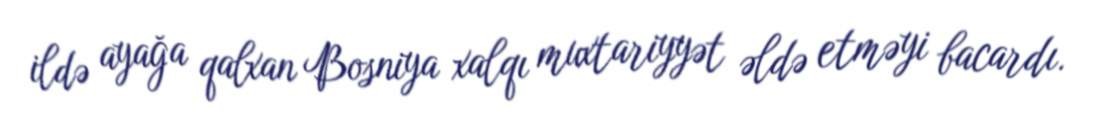
ildə ayağa qalxan Bosniya xalqı muxtariyyət əldə etməyi bacardı.